Eesti_Rahvusfond, lk 56
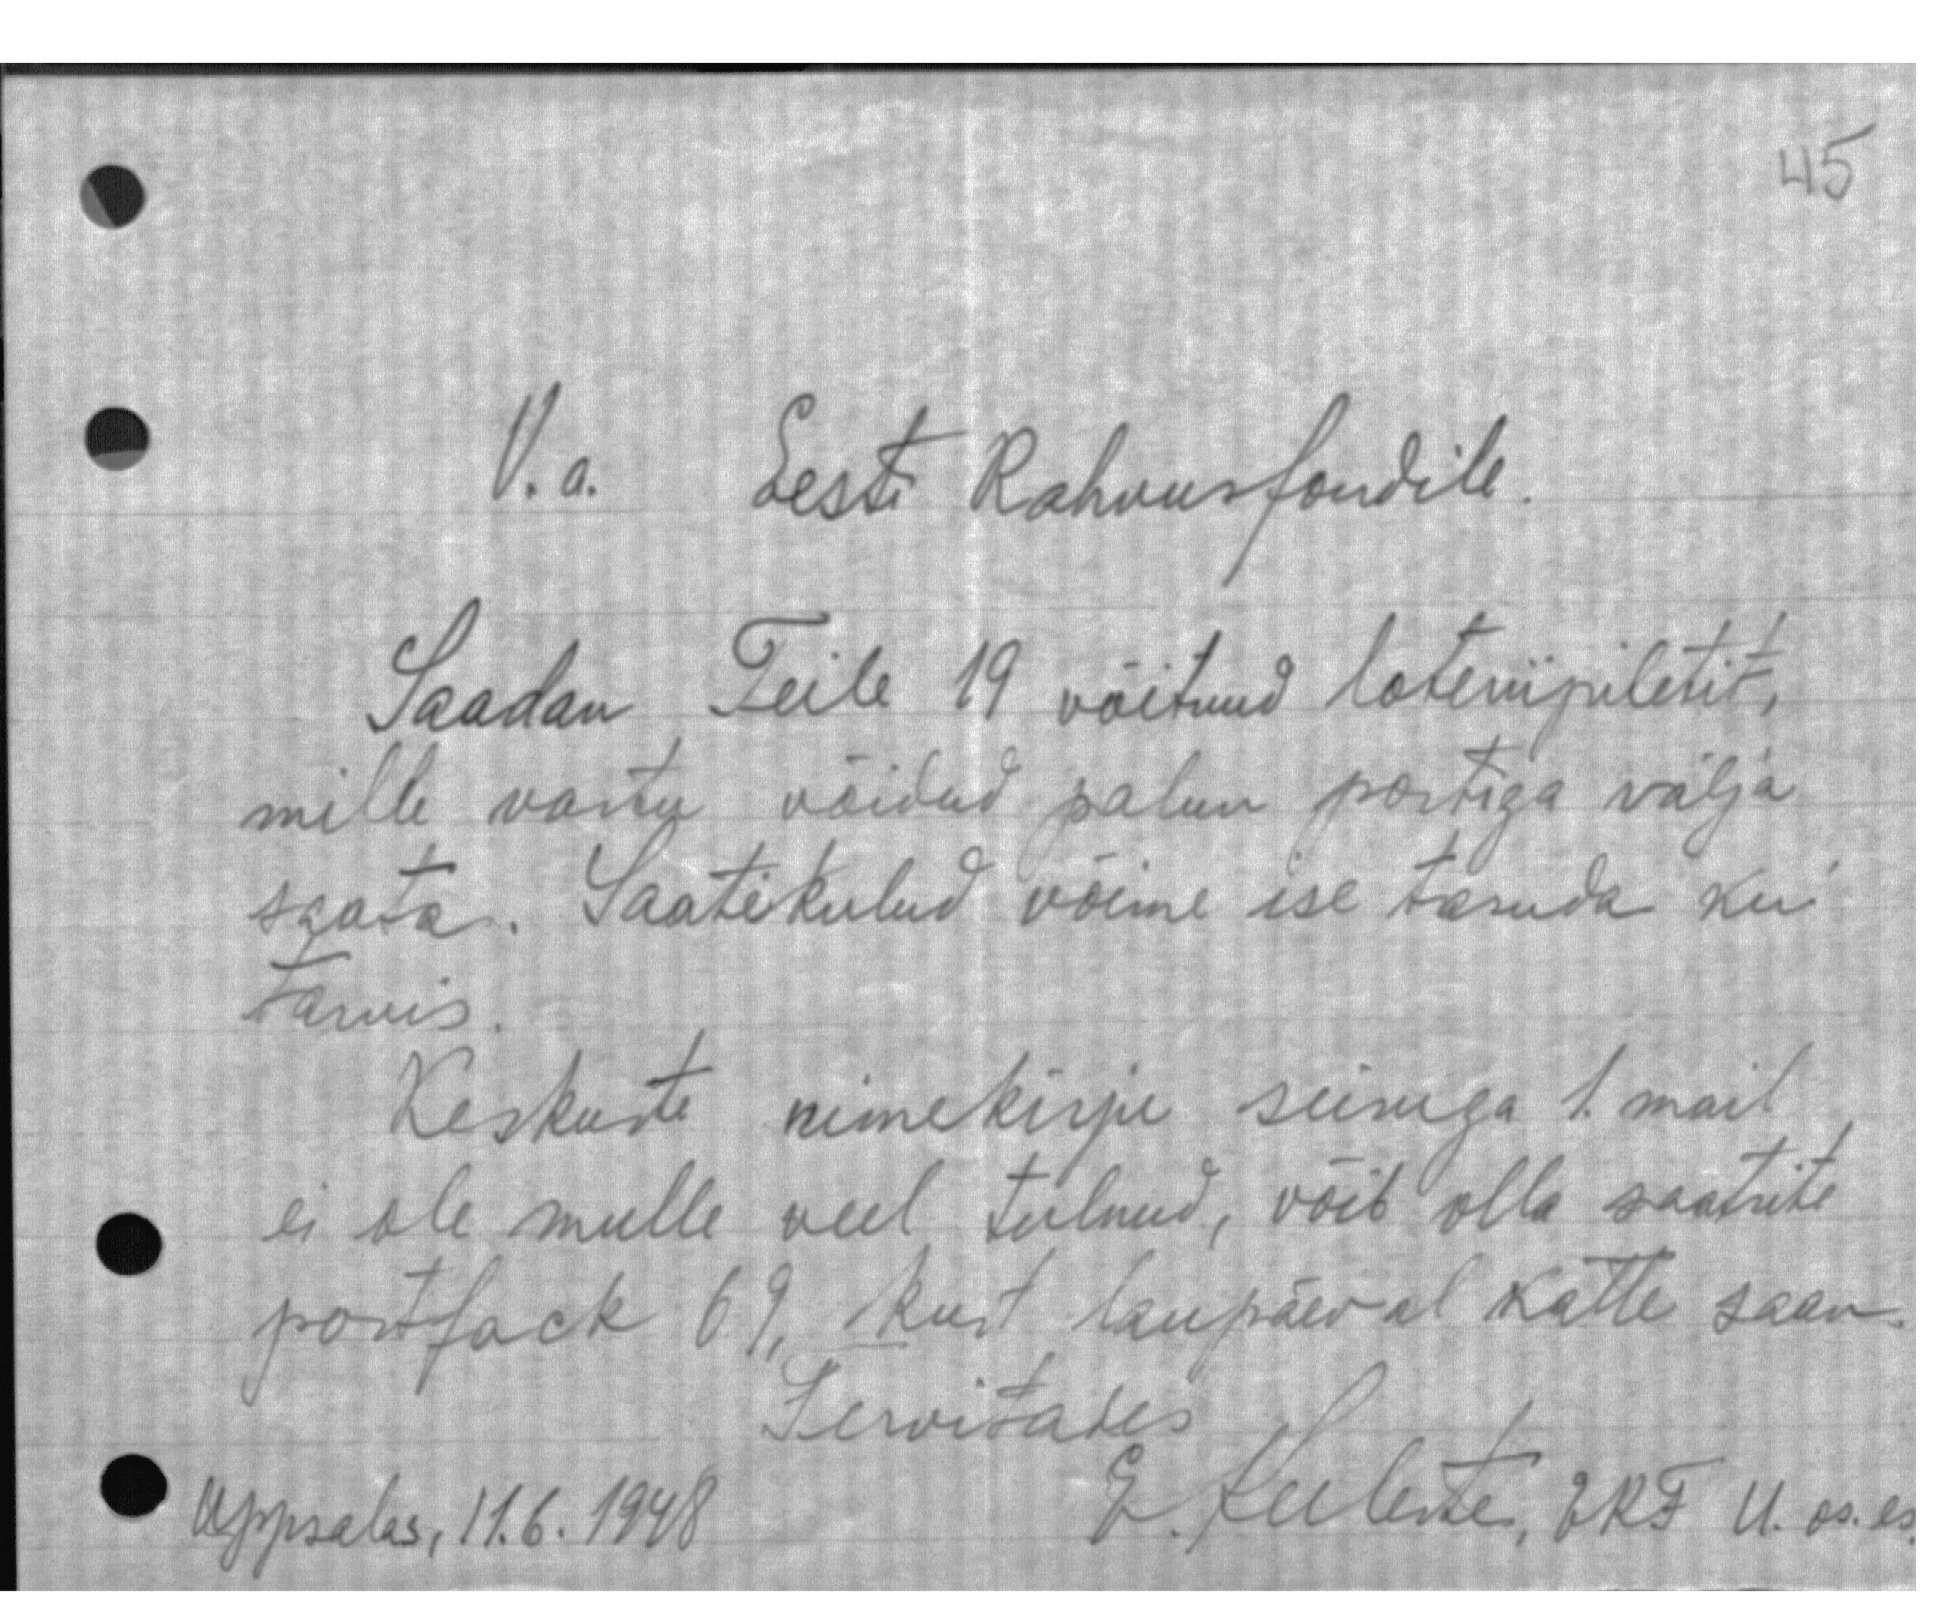
V.a. Eesti Rahvusfondile.
Saadan Teile 19 võitnud loteriipiletit,
mille vastu võidud palun postiga välja,
saata. Saatekulud võime ise tasuda kui
tarvis
Keskuste nimekirju seisuga 1. mail
ei ole mulle veel tulnud, võib olla saatsite
postfack 69, kust laupäeval kätte saan.
Tervitades
Uppsalas, 11. 6. 1948
E. Keeleste, ERF U. os. es.